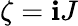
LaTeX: \zeta=\mathbf{i}J